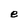
Character: e